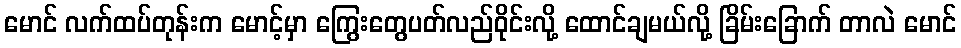
မောင် လက်ထပ်တုန်းက မောင့်မှာ ကြွေးတွေပတ်လည်ဝိုင်းလို့ ထောင်ချမယ်လို့ ခြိမ်းခြောက် တာလဲ မောင်